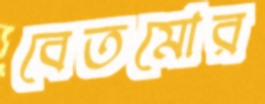
বেতমোর